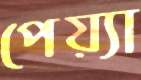
পেয়্যা